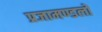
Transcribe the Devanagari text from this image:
प्रजामण्डलों